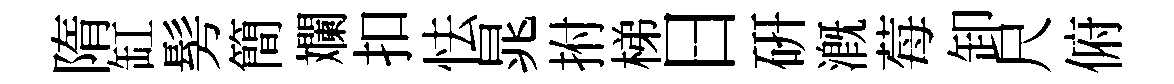
隋缸髣簡斕扣怯晁拊梯日研溉莓卸尺俯